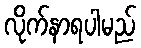
လိုက်နာရပါမည်